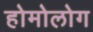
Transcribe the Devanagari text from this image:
होमोलोग